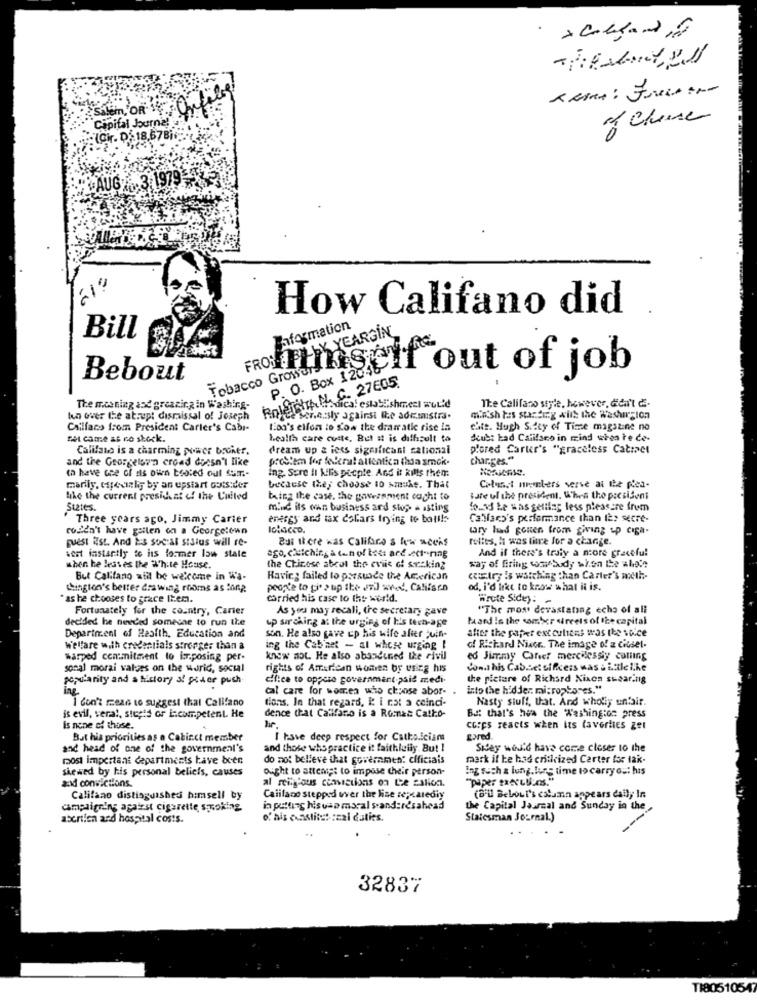
Onfile
Salem, OR
Cipifal Journa!
(Cir. D. 18.67Bi
UG%. 3.1979
How Califano did
FROST BILLY YEARGİN
Baformation
Bill
Tobacco Growers
Bebout
P. O. Box 124.11 out of job
C. 27EG5.
RoleTOITA PLC
The Califano style, however, didn't d.
The meaning and greating in Washing-
buica: establishmezi wul'd
kn over the abrupt dismissal of Joseph
free scre.sly against the ademistra.
mash tas surdeg with the Washington
Callfans from President Carter's Cabi-
lion's elfon io sow the dramatic rise la
chte. Hugh S.ity of Time magazine no
net came as no shock.
health care cutte, But it is difficult to
deust kad Califano in mind when te ce-
Califano is a charming power broker.
dream up & iers significant cational
pored Carter's "graceless Catiaet
and the Georgetown erdad doesn't like
prestem for folera! allentien than smok.
charges."
( have one of its own tested oul Sumr .-
Ing. Sure It Kilis people. And it kills them.
marily, especially by an upstart cots:der
because they choose to smoke. That
Colussi menters verve at the plea-
Like the current president of the Cuited
bring the case, the government ought to
tate ul the president. When the president
States.
mind ils wan business and stop & asting
fo.13 Le was getting less pleasure frem
' Three years ago, Jimmy Carter
energy and tax dollars trying to ball !:
Callfacs's performance than IEs secre-
rodidn't have gallen on a Georgetown
tary had gonen from giving up ciga-
quest ist. And Ès social status will re-
But there was Califaro s few weeks
rifts, h was time for a change.
And if there's truly a nore graceful
vest instantly to its former low state
ago. cilelching & tan of test and .ect -- ring
when he leaves the White House.
the Chinese abcol the eviis of setking
way of firing comicbody wi.on Le aldie
But Califano will be welcome in Wa-
Having failed to persuade the American
"Iry Is watching than Carter's meth-
thington's better drawing rooms as long
people to pir > up the vid www. Cahisen
od, i'd like to know what it is.
" as he chooses to grace Item.
carried his case to the world.
"irute Sidey:
Fortunately for the country, Carier
As you may recali, tre secretary gave
"The most devastating echo of all
decided he needed someine to run the
up sir cking at the urging of his tecn-age
tard Is the somber streets of the capital
son. He also gave up his wife alier juin-
after the paper ext culiens was the voice
Department of Health, Education and
Welfare with credentials stronger than a
ing the Cab'net - al whose urging !
of Richard Nixon ., The image of z cinsel.
warped commitment to imposing per-
know not. He also abandined the civil
ed Jimmy Career mercilessly coming
sonal moral values on the world, socsal
rights of American women by using his
Cona his Cabinet officers was . i.ale like
popularity and a history &! pier push
difice to oppose government.paid medi-
the picture of Richard Nixon swear.nig
cal care for women who choose abor-
into the hidder. microptores."
ing
tions. In that regard, i2 i cat a coinci-
Nasty siuff, that. And wholiy unfair.
I don't mean to suggest that Califano
is evil, veral, stupid or icompetent. He
dence that Calllano is a Romat Catlo-
But that's hva the Washington press
is none of those.
coops reacts when its (averties get
But his priorities as a Cabinet member
I have deep respect for Cathodciams
gared
and head of one of the government's
and those who practice it faithluily. Bu! !
Sidey would have come closer to the
most important departments have been
do not believe that government cificiais
mark if he had criticized Carter for tak-
skewed by his personal beliefs, causes
ought to attempt to impose their person-
Ing such a lung.burs time to carry out his
zad convictions.
Califano distinguished himsell by
Califano stepped over the lise repeatedly
(all Bebout's column appears daily In
campaigning agaist cigarette smoking
in putting hisvan moral standeresahead
the Capital Journal and Sunday in the
abertien and hospital costs.
of als euastitut :zai daties.
Statesman Journal.)
----
32837
TI80510547